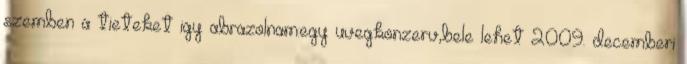
szemben a tieteket igy abrazolnam:egy uvegkonzerv,bele lehet 2009. decemberi